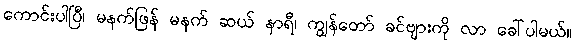
ကောင်းပါပြီ၊ မနက်ဖြန် မနက် ဆယ် နာရီ၊ ကျွန်တော် ခင်ဗျားကို လာ ခေါ်ပါမယ်။